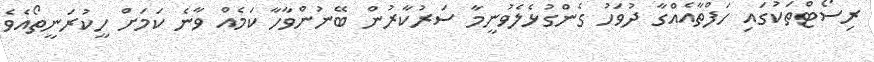
ރިސޯޓްތަކުގައި ހަފްތާއެއްގާ ދުވަހު ގެންގުޅެލެވުނީމާ ސަރުކާރުން ބޭނުންވާހާ ކަމެއް ވާނެ ކަމަށް ހީކުރަނީތޯއެވެ